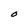
Character: O